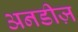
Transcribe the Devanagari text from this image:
अनडीज़